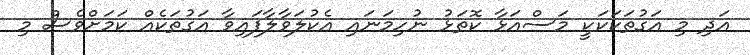
އަދި މި އަގުތަކަކަކީ މަސްއަޅާ ކޮތަޅު ނުހިމަނައި އެކުލަވާލާފައިވާ އަގުތަކެއް ކަމަށްވެސް މި